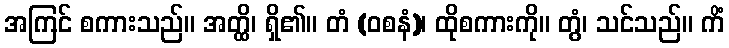
အကြင် စကားသည်။ အတ္ထိ၊ ရှိ၏။ တံ (ဝစနံ)၊ ထိုစကားကို။ တွံ၊ သင်သည်။ ကိံ